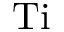
\mathrm { T i }